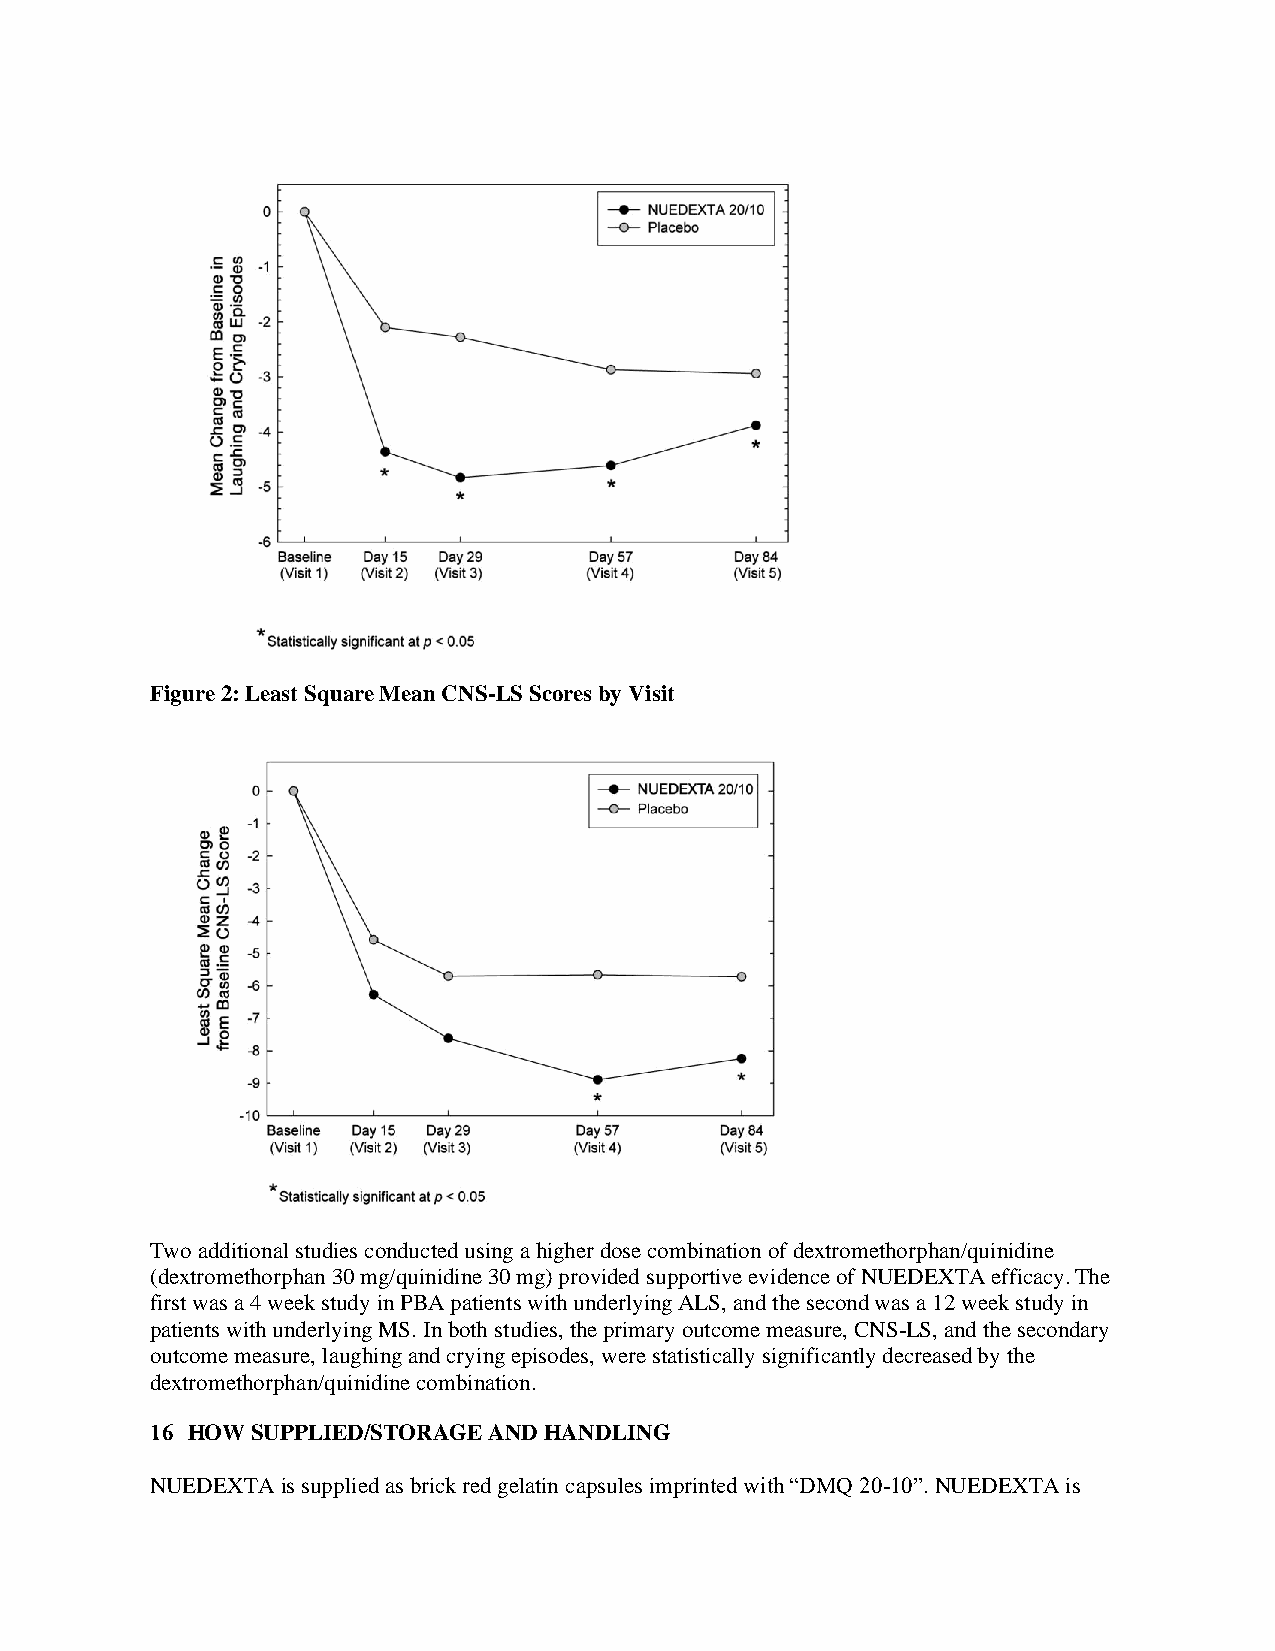
Figure 2: Least Square Mean CNS-LS Scores by Visit
 Two additional studies conducted using a higher dose combination of dextromethorphan/quinidine
 (dextromethorphan 30 mg/quinidine 30 mg) provided supportive evidence of NUEDEXTA efficacy. The
 first was a 4 week study in PBA patients with underlying ALS, and the second was a 12 week study in
 patients with underlying MS. In both studies, the primary outcome measure, CNS-LS, and the secondary
 outcome measure, laughing and crying episodes, were statistically significantly decreased by the
 dextromethorphan/quinidine combination.
 16 HOW SUPPLIED/STORAGE AND HANDLING
 NUEDEXTA is supplied as brick red gelatin capsules imprinted with “DMQ 20-10”. NUEDEXTA is